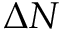
\Delta N